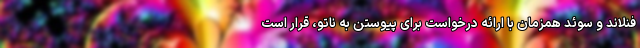
فنلاند و سوئد همزمان با ارائه درخواست برای پیوستن به ناتو، قرار است